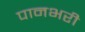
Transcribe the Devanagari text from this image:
पानभरी